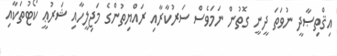
އިޤްތިޞާދީ ނުވަތަ ދީނީ ގޮތުން ނަމަވެސް ސަރުކާރާއި ރައްޔިތުންގެ މަޖިލީހާއި ޝަރުޢީ ކޯޓުތަކާއި